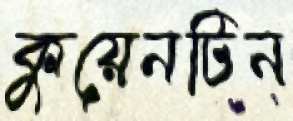
কুয়েনটিন